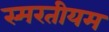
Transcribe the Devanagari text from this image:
स्मरतीयम